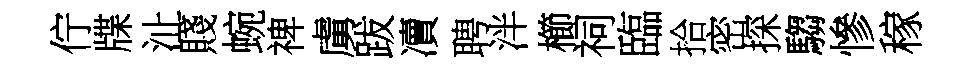
佇牒沚賤蜿禆虜跋凟聘泮櫛祠臨拾密探騶慘稼